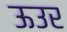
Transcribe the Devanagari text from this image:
ऊउर